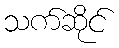
သက်ဆိုင်